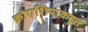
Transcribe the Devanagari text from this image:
क्रोएशियाकडून